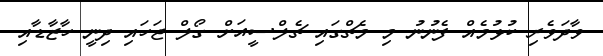
ވާދަވެރި ކުޅުމެއް ފެނުނު މި މެޗްގައި ޗެލްސީއަށް ގޯލް ޖަހައި ދިނީ ހާޒާޑާއި